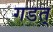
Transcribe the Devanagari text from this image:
गडत्